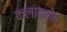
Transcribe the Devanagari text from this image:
कलावशेष